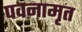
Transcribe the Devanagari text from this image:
पवनामृत